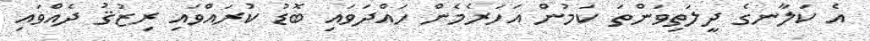
އެ ކަލާނގެ ދީލަތިވަންތަ ކަމުން އަހަރެމެން ހައްދަވައި ބޮޑު ކުރައްވައި ރިޒުޤު ދެއްވައި